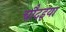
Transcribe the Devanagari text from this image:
चौदइया